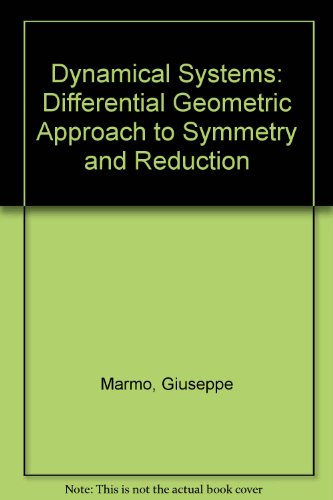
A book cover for Dynamical Systems: A Differential Geometric Approach to Symmetry and Reduction; Giuseppe Marmo; Science & Math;